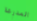
المدرعة